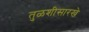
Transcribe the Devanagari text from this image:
तुळशीसारखे